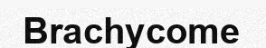
Brachycome